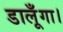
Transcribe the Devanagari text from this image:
डालूँगा।